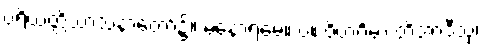
ပရိယတ္တိသာသနာတော်၌။ မနောရမေ။ ပ။ ဝိဟင်္ဂမာ တိအာဒီသု၊